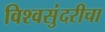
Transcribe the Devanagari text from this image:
विश्वसुंदरीचा